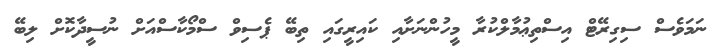
ނަމަވެސް ސިގިރޭޓް އިސްތިޢުމާލްކުރާ މީހުންނަށާއި ކައިރީގައި ތިބޭ ޕެސިވް ސްމޯކާސްއަށް ނުސީދާކޮށް ލިބޭ